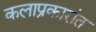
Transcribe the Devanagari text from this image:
कलाप्रकारांत